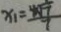
x _ { 1 } = \frac { 4 \sqrt { 7 } } { 7 }